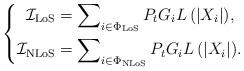
LaTeX: \begin{align*}\left\{\begin{aligned}\mathcal{I}_{\mathrm{LoS}} &= \sum\nolimits_{i \in \Phi_{\mathrm{LoS}}} {{P_t}{G_i}L\left(\left|X_i\right|\right)},\\\mathcal{I}_{\mathrm{NLoS}} &=\sum\nolimits_{i \in \Phi_{\mathrm{NLoS}}} {{P_t}{G_i}L\left(\left|X_i\right|\right)}.\end{aligned}\right.\end{align*}